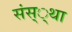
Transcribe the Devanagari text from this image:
संस््था